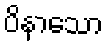
ပိနာသော